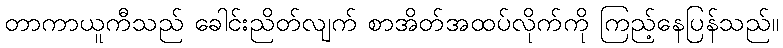
တာကာယူကီသည် ခေါင်းညိတ်လျက် စာအိတ်အထပ်လိုက်ကို ကြည့်နေပြန်သည်။